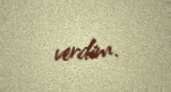
verdim.